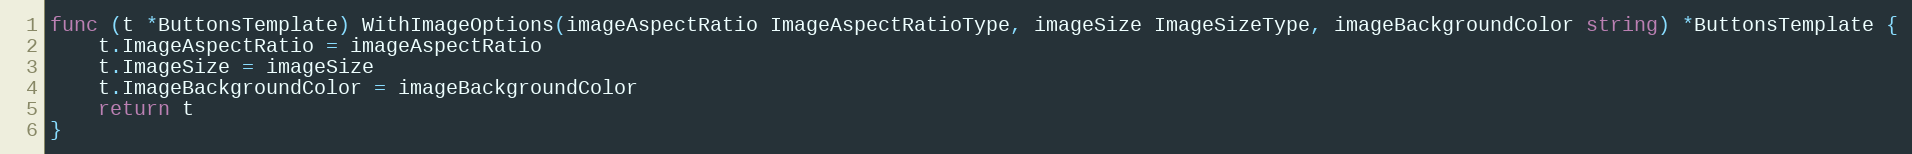
Language: Go
func (t *ButtonsTemplate) WithImageOptions(imageAspectRatio ImageAspectRatioType, imageSize ImageSizeType, imageBackgroundColor string) *ButtonsTemplate {
	t.ImageAspectRatio = imageAspectRatio
	t.ImageSize = imageSize
	t.ImageBackgroundColor = imageBackgroundColor
	return t
}